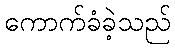
ကောက်ခံခဲ့သည်